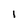
Character: 1